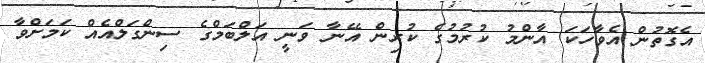
އެގޮތުން އެވާހަކަ އާންމު ކުރުމުގެ ކުރިން އޭނާ ވަނީ އަލްބަމްގެ ސިންގަލްއެއް ކަމަށްވާ